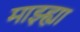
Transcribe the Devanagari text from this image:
माझ्ह्या